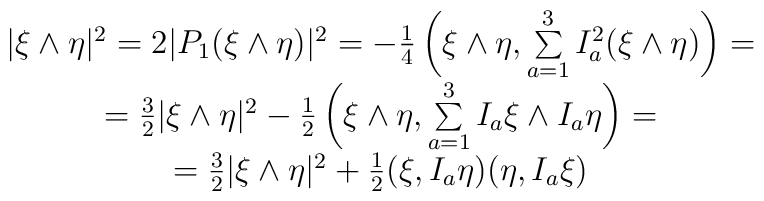
\begin{array}{c}|\xi\wedge\eta|^2=2|P_1(\xi\wedge\eta)|^2=-{1\over 4}\left(\xi\wedge\eta, \sum\limits_{a=1}^3 I_a^2 (\xi\wedge\eta)\right)=\\={3\over 2}|\xi\wedge\eta|^2-{1\over 2}\left(\xi\wedge\eta,\sum\limits_{a=1}^3 I_a\xi\wedge I_a\eta\right)=\\={3\over 2} |\xi\wedge\eta|^2+{1\over 2}(\xi,I_a\eta)(\eta,I_a\xi)\end{array}